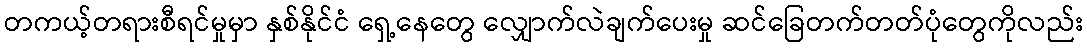
တကယ့်တရားစီရင်မှုမှာ နှစ်နိုင်ငံ ရှေ့နေတွေ လျှောက်လဲချက်ပေးမှု ဆင်ခြေတက်တတ်ပုံတွေကိုလည်း